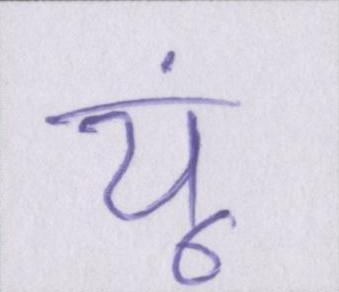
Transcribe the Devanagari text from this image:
यूं